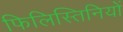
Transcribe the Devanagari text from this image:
फिलिस्तिनियों